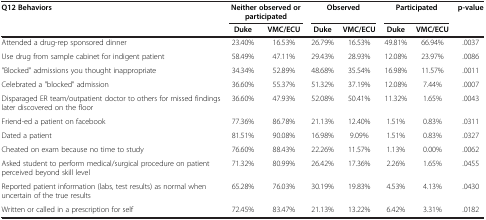
<table><thead><tr><td rowspan="2"><b>Q12 Behaviors</b></td><td colspan="2"><b>Neither observed or participated</b></td><td colspan="2"><b>Observed</b></td><td colspan="2"><b>Participated</b></td><td rowspan="2"><b>p-value</b></td></tr><tr><td><b>Duke</b></td><td><b>VMC/ECU</b></td><td><b>Duke</b></td><td><b>VMC/ECU</b></td><td><b>Duke</b></td><td><b>VMC/ECU</b></td></tr></thead><tbody><tr><td>Attended a drug-rep sponsored dinner</td><td>23.40%</td><td>16.53%</td><td>26.79%</td><td>16.53%</td><td>49.81%</td><td>66.94%</td><td>.0037</td></tr><tr><td>Use drug from sample cabinet for indigent patient</td><td>58.49%</td><td>47.11%</td><td>29.43%</td><td>28.93%</td><td>12.08%</td><td>23.97%</td><td>.0086</td></tr><tr><td>&quot;Blocked&quot; admissions you thought inappropriate</td><td>34.34%</td><td>52.89%</td><td>48.68%</td><td>35.54%</td><td>16.98%</td><td>11.57%</td><td>.0011</td></tr><tr><td>Celebrated a &quot;blocked&quot; admission</td><td>36.60%</td><td>55.37%</td><td>51.32%</td><td>37.19%</td><td>12.08%</td><td>7.44%</td><td>.0007</td></tr><tr><td>Disparaged ER team/outpatient doctor to others for missed findings later discovered on the floor</td><td>36.60%</td><td>47.93%</td><td>52.08%</td><td>50.41%</td><td>11.32%</td><td>1.65%</td><td>.0043</td></tr><tr><td>Friend-ed a patient on facebook</td><td>77.36%</td><td>86.78%</td><td>21.13%</td><td>12.40%</td><td>1.51%</td><td>0.83%</td><td>.0311</td></tr><tr><td>Dated a patient</td><td>81.51%</td><td>90.08%</td><td>16.98%</td><td>9.09%</td><td>1.51%</td><td>0.83%</td><td>.0327</td></tr><tr><td>Cheated on exam because no time to study</td><td>76.60%</td><td>88.43%</td><td>22.26%</td><td>11.57%</td><td>1.13%</td><td>0.00%</td><td>.0062</td></tr><tr><td>Asked student to perform medical/surgical procedure on patient perceived beyond skill level</td><td>71.32%</td><td>80.99%</td><td>26.42%</td><td>17.36%</td><td>2.26%</td><td>1.65%</td><td>.0455</td></tr><tr><td>Reported patient information (labs, test results) as normal when uncertain of the true results</td><td>65.28%</td><td>76.03%</td><td>30.19%</td><td>19.83%</td><td>4.53%</td><td>4.13%</td><td>.0430</td></tr><tr><td>Written or called in a prescription for self</td><td>72.45%</td><td>83.47%</td><td>21.13%</td><td>13.22%</td><td>6.42%</td><td>3.31%</td><td>.0182</td></tr></tbody></table>